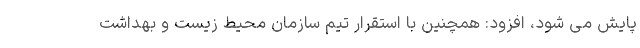
پایش می شود، افزود: همچنین با استقرار تیم سازمان محیط زیست و بهداشت